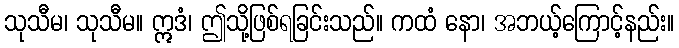
သုသီမ၊ သုသီမ။ ဣဒံ၊ ဤသို့ဖြစ်ရခြင်းသည်။ ကထံ နော၊ အဘယ့်ကြောင့်နည်း။